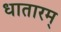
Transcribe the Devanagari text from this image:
धातारम्